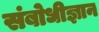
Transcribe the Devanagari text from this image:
संबोधीज्ञान